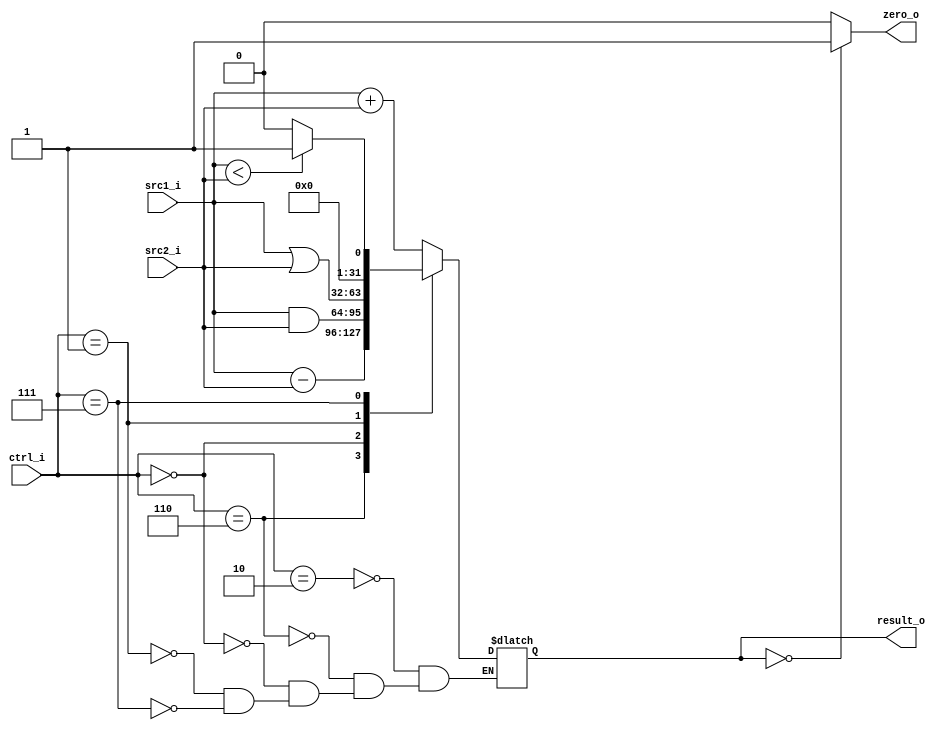
//Subject:     CO project 2 - ALU
//--------------------------------------------------------------------------------
//Version:     1
//--------------------------------------------------------------------------------
//Writer:      
//----------------------------------------------
//Date:        
//----------------------------------------------
//Description: 
//--------------------------------------------------------------------------------

module ALU(
    src1_i,
	src2_i,
	ctrl_i,
	result_o,
	zero_o
	);
     
//I/O ports
input  [32-1:0]  src1_i;
input  [32-1:0]	 src2_i;
input  [4-1:0]   ctrl_i;

output [32-1:0]	 result_o;
output           zero_o;

//Internal signals
reg    [32-1:0]  result_o;
wire             zero_o;

//Parameter
assign zero_o=(result_o==0?1:0);
always@(*)
begin
	case (ctrl_i)
		4'b0010:  result_o <= src1_i+src2_i;
		4'b0110:  result_o <= src1_i-src2_i;
		4'b0000:  result_o <= src1_i&src2_i;
		4'b0001:  result_o <= src1_i|src2_i;
		4'b0111:  result_o <= (src1_i<src2_i)?1:0;
	endcase
end
//Main function

endmodule